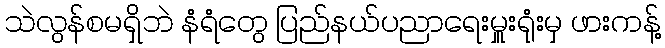
သဲလွန်စမရှိဘဲ နံရံတွေ ပြည်နယ်ပညာရေးမှူးရုံးမှ ဖားကန့်